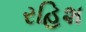
રહિશ